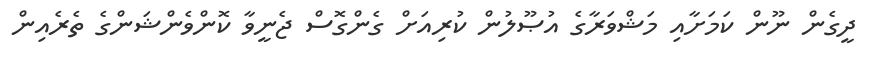
ދީގެން ނޫން ކަަމަށާއި މަޝްވަރާގެ އުޞޫލުން ކުރިއަށް ގެންގޮސް ޖެނީވާ ކޮންވެންޝަންގެ ތެރެއިން